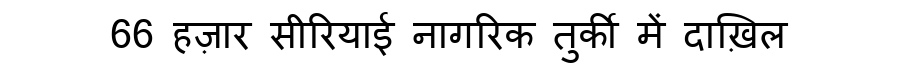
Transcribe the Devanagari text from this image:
66 हज़ार सीरियाई नागरिक तुर्की में दाख़िल